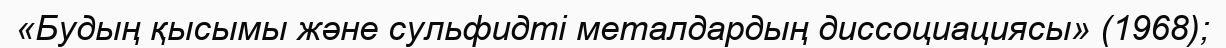
«Будың қысымы және сульфидті металдардың диссоциациясы» (1968);